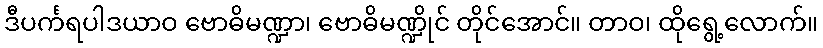
ဒီပင်္ကရပါဒယာဝ ဗောဓိမဏ္ဍာ၊ ဗောဓိမဏ္ဍိုင် တိုင်အောင်။ တာဝ၊ ထိုရွေ့လောက်။